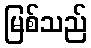
မြစ်သည်